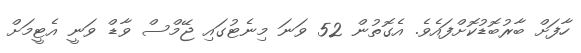
ހާފަށް ބާރުބޮޑުކޮށްފައެވެ. އެގޮތުން 52 ވަނަ މިނެޓުގައި ޖޭމްސް ވާޑް ވަނީ އެޓީމަށް